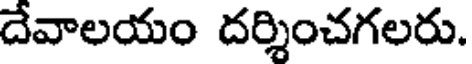
దేవాలయం దర్శించగలరు.